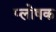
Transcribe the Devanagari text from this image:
प्लोषक